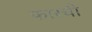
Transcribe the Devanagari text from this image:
फारची